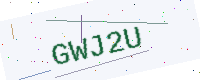
Text: GWJ2U